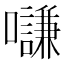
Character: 𡄫